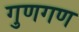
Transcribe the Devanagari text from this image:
गुणगण